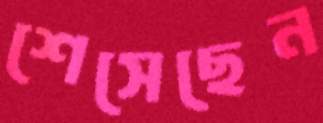
শেসেছেন